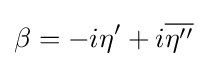
\beta =-i\eta '+i{\overline {\eta ''}}